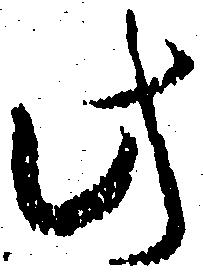
此